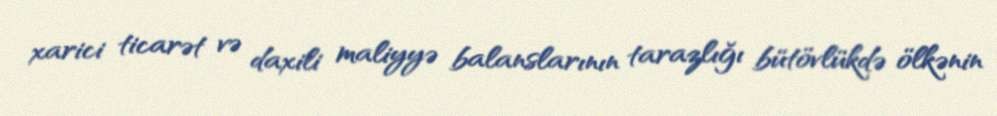
xarici ticarət və daxili maliyyə balanslarının tarazlığı bütövlükdə ölkənin